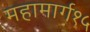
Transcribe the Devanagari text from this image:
महामार्ग१५